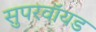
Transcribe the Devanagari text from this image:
सुपरवॉयड